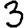
Digit: 3